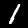
Label: 1